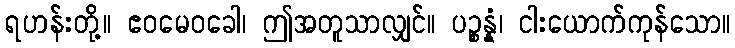
ရဟန်းတို့။ ဧဝမေဝခေါ၊ ဤအတူသာလျှင်။ ပဉ္စန္နံ၊ ငါးယောက်ကုန်သော။